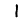
Digit: 1